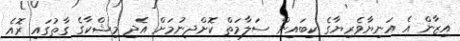
އިޒާން އެ އަނިޔާވެރިޔާގެ ކިބައިން ސަލާމަތް ކޮށްދިނުމަށް އެދި މިޝްކާގެ ގާތުގައި ރޮއެ